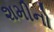
શમીનો